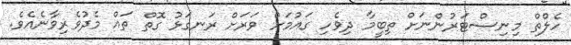
ހެލްތް މިނިސްޓަރުންނަށް ތިބީމާ ދިވެހި ގައުމަށް ވަރަށް ރަނގަޅު ގޮތް ތައް މެދުވެރިވާނެއެވެ.